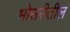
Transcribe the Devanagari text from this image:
भोसरीतील